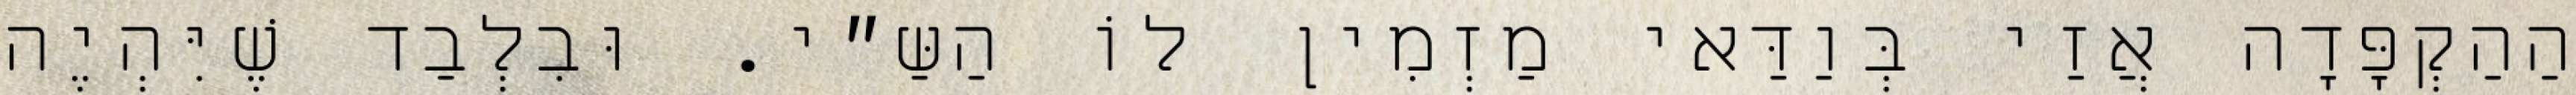
הַהַקְפָּדָה אֲזַי בְּוַדַּאי מַזְמִין לוֹ הַשַּ״י. וּבִלְבַד שֶׁיִּהְיֶה